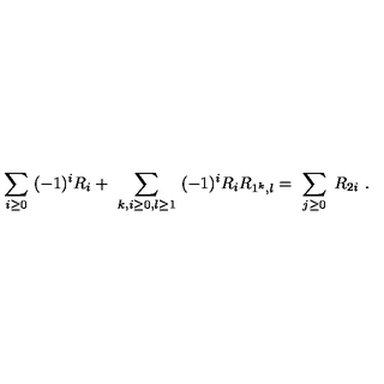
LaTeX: \sum _ { i \geq 0 } \ ( - 1 ) ^ { i } R _ { i } + \ \sum _ { k , i \geq 0 , l \geq 1 } \ ( - 1 ) ^ { i } R _ { i } R _ { 1 ^ { k } , l } = \ \sum _ { j \geq 0 } \ R _ { 2 i } \ .